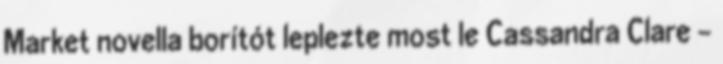
Market novella borítót leplezte most le Cassandra Clare -